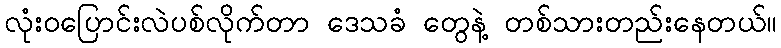
လုံးဝပြောင်းလဲပစ်လိုက်တာ ဒေသခံ တွေနဲ့ တစ်သားတည်းနေတယ်။